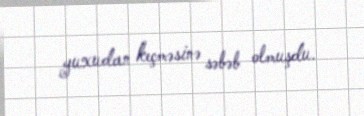
yuxudan keçməsinə səbəb olmuşdu.